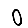
Digit: 0